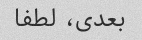
بعدی، لطفا